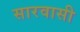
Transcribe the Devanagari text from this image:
सारवासी